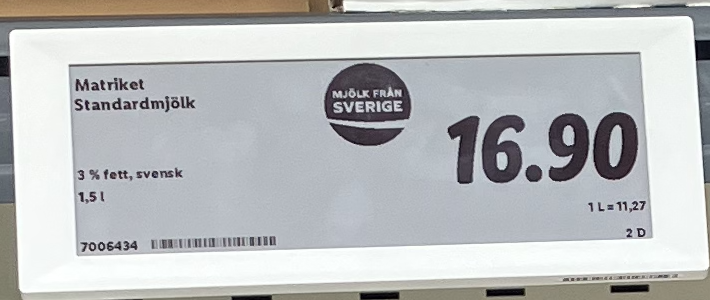
Vara: Standardmjölk
Genomsnittspris: 11.27 per L